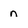
Character: n